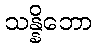
သန္နိဘော